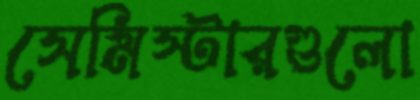
সেমিস্টারগুলো